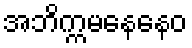
အဘိက္ကမနေနေဝ